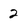
Character: 2